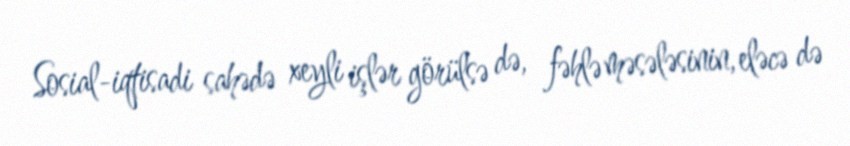
Sosial-iqtisadi sahədə xeyli işlər görülsə də, fəhlə məsələsinin, eləcə də